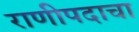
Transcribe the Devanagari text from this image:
राणीपदाचा